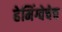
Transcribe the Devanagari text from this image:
हेमिंग्वेचेच